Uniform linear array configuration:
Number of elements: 4
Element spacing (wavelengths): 0.75
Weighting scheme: cosine
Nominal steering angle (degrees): -60
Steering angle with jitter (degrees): -58.715
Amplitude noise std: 0.05
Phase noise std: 0.05

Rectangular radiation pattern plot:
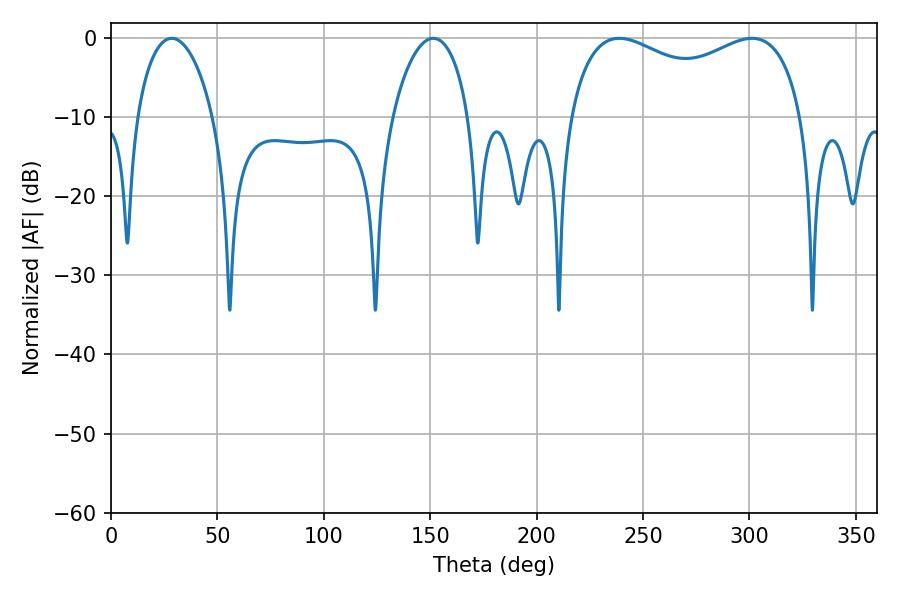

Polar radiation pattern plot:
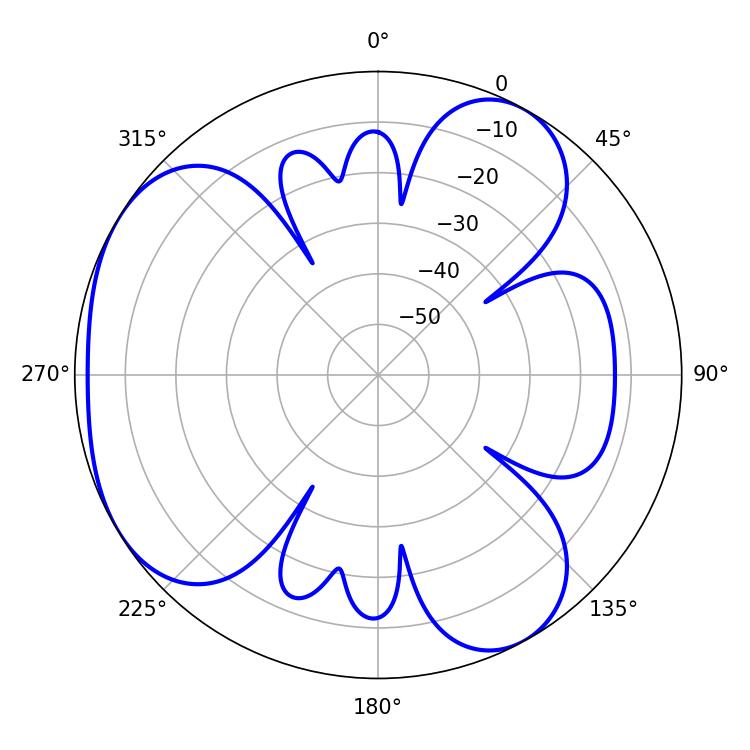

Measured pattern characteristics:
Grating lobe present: TRUE
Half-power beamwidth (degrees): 91.08
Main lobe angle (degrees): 238.86